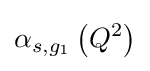
\alpha _{s,g_{1}}\left(Q^{2}\right)